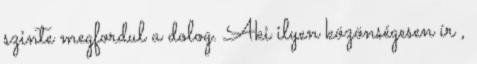
szinte megfordul a dolog. Aki ilyen közönségesen ír ,